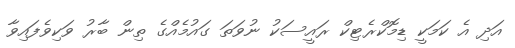
އަދި އެ ކަމަކީ ޑިމޮކްރެޓިކް ރައީސަކު ނުވަތަ ގައުމެއްގެ ތިން ބާރު ވަކިވެފައިވާ